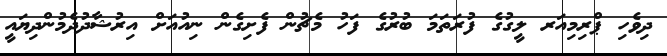
ދިވެހި ޕްރިމިއަރ ލީގުގެ ފުރަތަމަ ބުރުގެ ފަހު މެޗުން ފެށިގެން ނިއުއަށް އިރުޝާދުދެމުންދިޔައީ